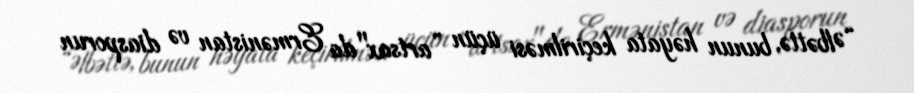
“Əlbəttə, bunun həyata keçirilməsi üçün ”artsax"da Ermənistan və diasporun